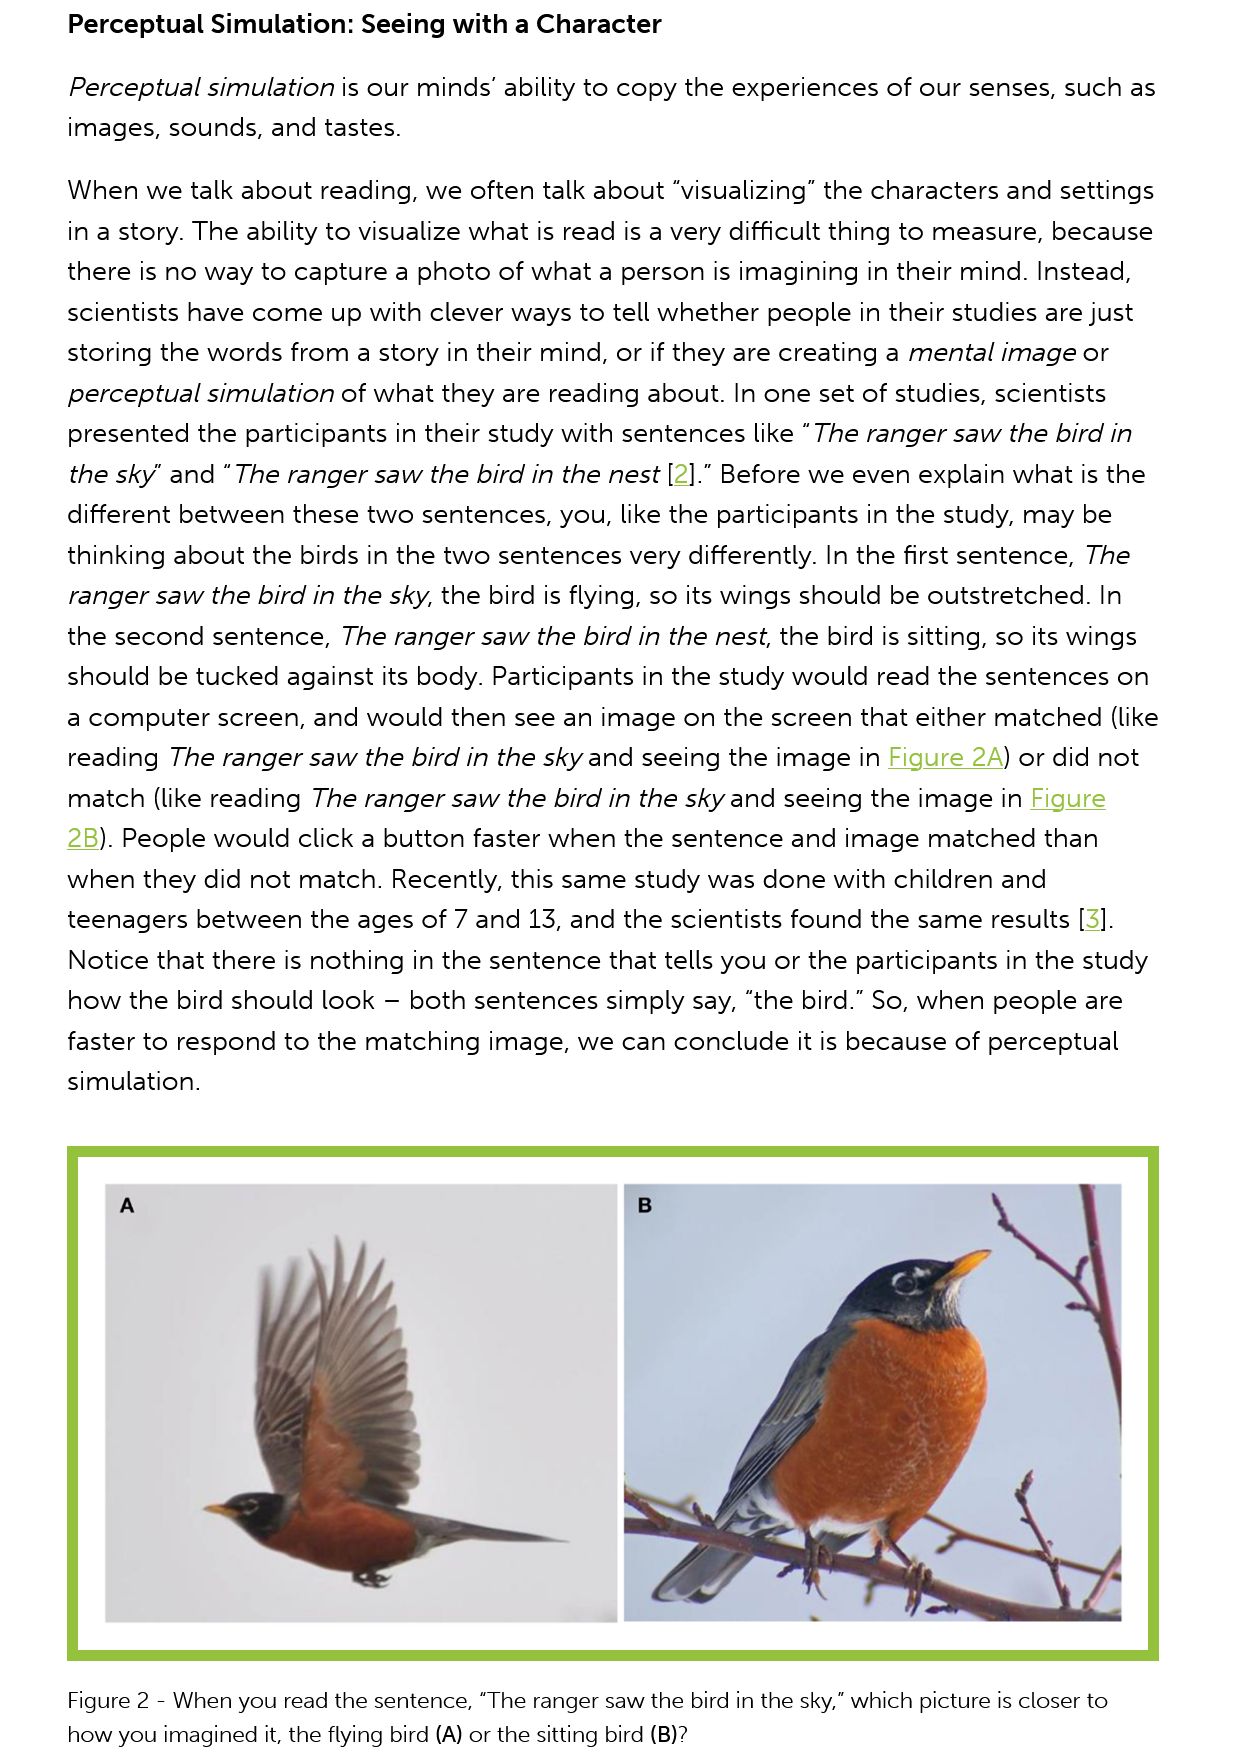
Perceptual Simulation: Seeing with a Character
     Perceptual simulation is our minds’ ability to copy the experiences of our senses, such as
     images, sounds, and tastes.
     When we talk about reading, we often talk about “visualizing” the characters and settings
     in a story. The ability to visualize what is read is a very difficult thing to measure, because
     there is no way to capture a photo of what a person is imagining in their mind. Instead,
     scientists have come up with clever ways to tell whether people in their studies are just
     storing the words from a story in their mind, or if they are creating a mental image or
     perceptual simulation of what they are reading about. In one set of studies, scientists
     presented the participants in their study with sentences like “The ranger saw the bird in
     the sky’ and “The ranger saw the bird in the nest [2].” Before we even explain what is the
     different between these two sentences, you, like the participants in the study, may be
     thinking about the birds in the two sentences very differently. In the first sentence, The
     ranger saw the bird in the sky, the bird is flying, so its wings should be outstretched. In
     the second sentence, The ranger saw the bird in the nest, the bird is sitting, so its wings
     should be tucked against its body. Participants in the study would read the sentences on
     a computer screen, and would then see an image on the screen that either matched (like
     reading The ranger saw the bird in the sky and seeing the image in Figure 2A) or did not
     match (like reading The ranger saw the bird in the sky and seeing the image in Figure
     2B). People would click a button faster when the sentence and image matched than
     when they did not match. Recently, this same study was done with children and
     teenagers between the ages of 7 and 13, and the scientists found the same results [3].
     Notice that there is nothing in the sentence that tells you or the participants in the study
     how the bird should look
     —
     both sentences simply say, “the bird.” So, when people are
     faster to respond to the matching image, we can conclude it is because of perceptual
     simulation.

     Figure 2
     -
     When you read the sentence, “The ranger saw the bird in the sky,” which picture is closer to
     how you imagined it, the flying bird (A) or the sitting bird (B)?